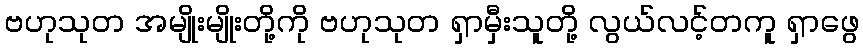
ဗဟုသုတ အမျိုးမျိုးတို့ကို ဗဟုသုတ ရှာမှီးသူတို့ လွယ်လင့်တကူ ရှာဖွေ